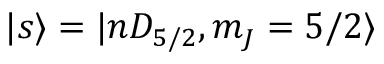
| s \rangle = | n D _ { 5 / 2 } , m _ { J } = 5 / 2 \rangle